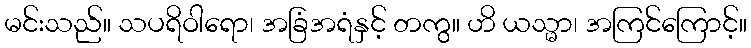
မင်းသည်။ သပရိဝါရော၊ အခြံအရံနှင့် တကွ။ ဟိ ယသ္မာ၊ အကြင်ကြောင့်။